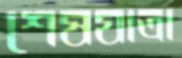
শেষযাত্রা